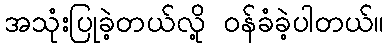
အသုံးပြုခဲ့တယ်လို့ ဝန်ခံခဲ့ပါတယ်။